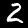
Digit: 2